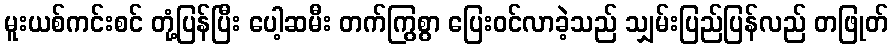
မူးယစ်ကင်းစင် တုံ့ပြန်ပြီး ပေါ့ဆမီး တက်ကြွစွာ ပြေးဝင်လာခဲ့သည် သျှမ်းပြည်ပြန်လည် တဖြုတ်